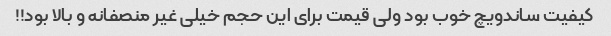
کیفیت ساندویچ خوب بود ولی قیمت برای این حجم خیلی غیر منصفانه و بالا بود!!